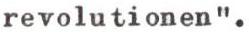
revolutionen".